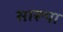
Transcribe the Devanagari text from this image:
सारूपा